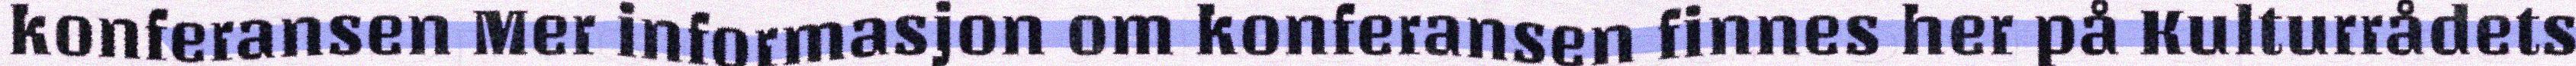
konferansen Mer informasjon om konferansen finnes her på Kulturrådets